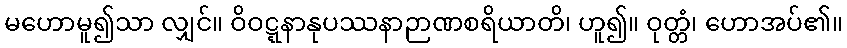
မဟောမူ၍သာ လျှင်။ ဝိဝဋ္ဋနာနုပဿနာဉာဏစရိယာတိ၊ ဟူ၍။ ဝုတ္တံ၊ ဟောအပ်၏။